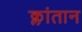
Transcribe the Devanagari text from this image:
क्लांतान